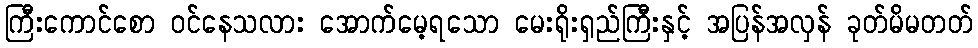
ကြီးကောင်စော ဝင်နေသလား အောက်မေ့ရသော မေးရိုးရှည်ကြီးနှင့် အပြန်အလှန် ခုတ်မိမတတ်